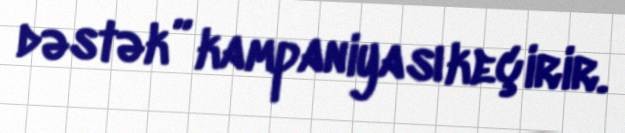
dəstək” kampaniyası keçirir.